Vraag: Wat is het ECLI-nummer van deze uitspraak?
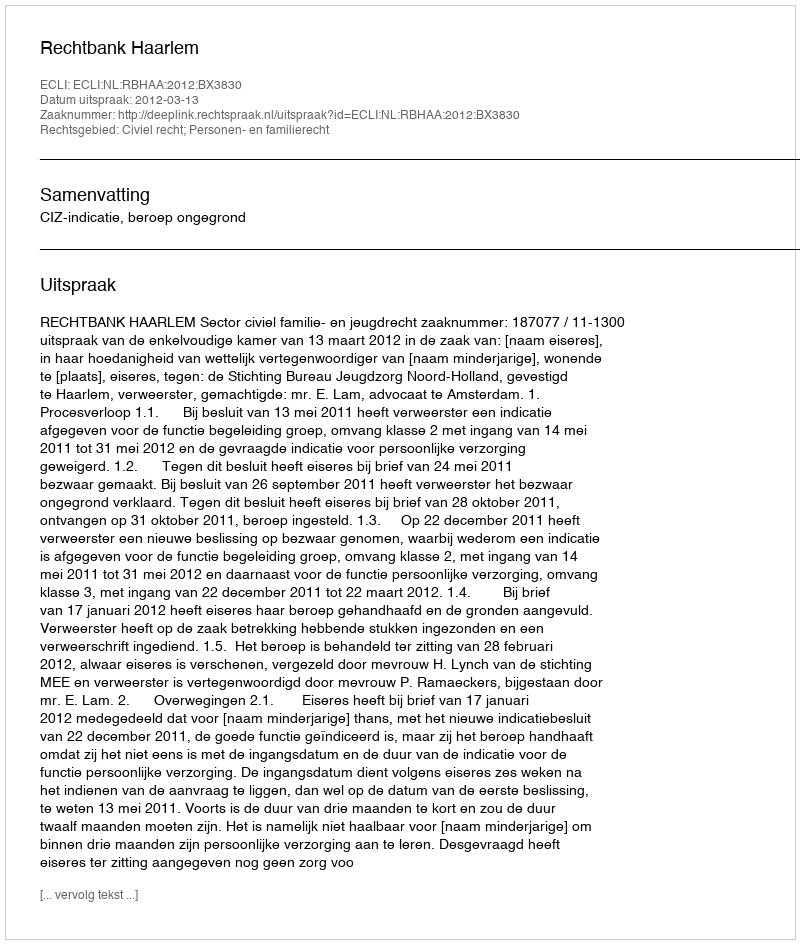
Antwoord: ECLI:NL:RBHAA:2012:BX3830